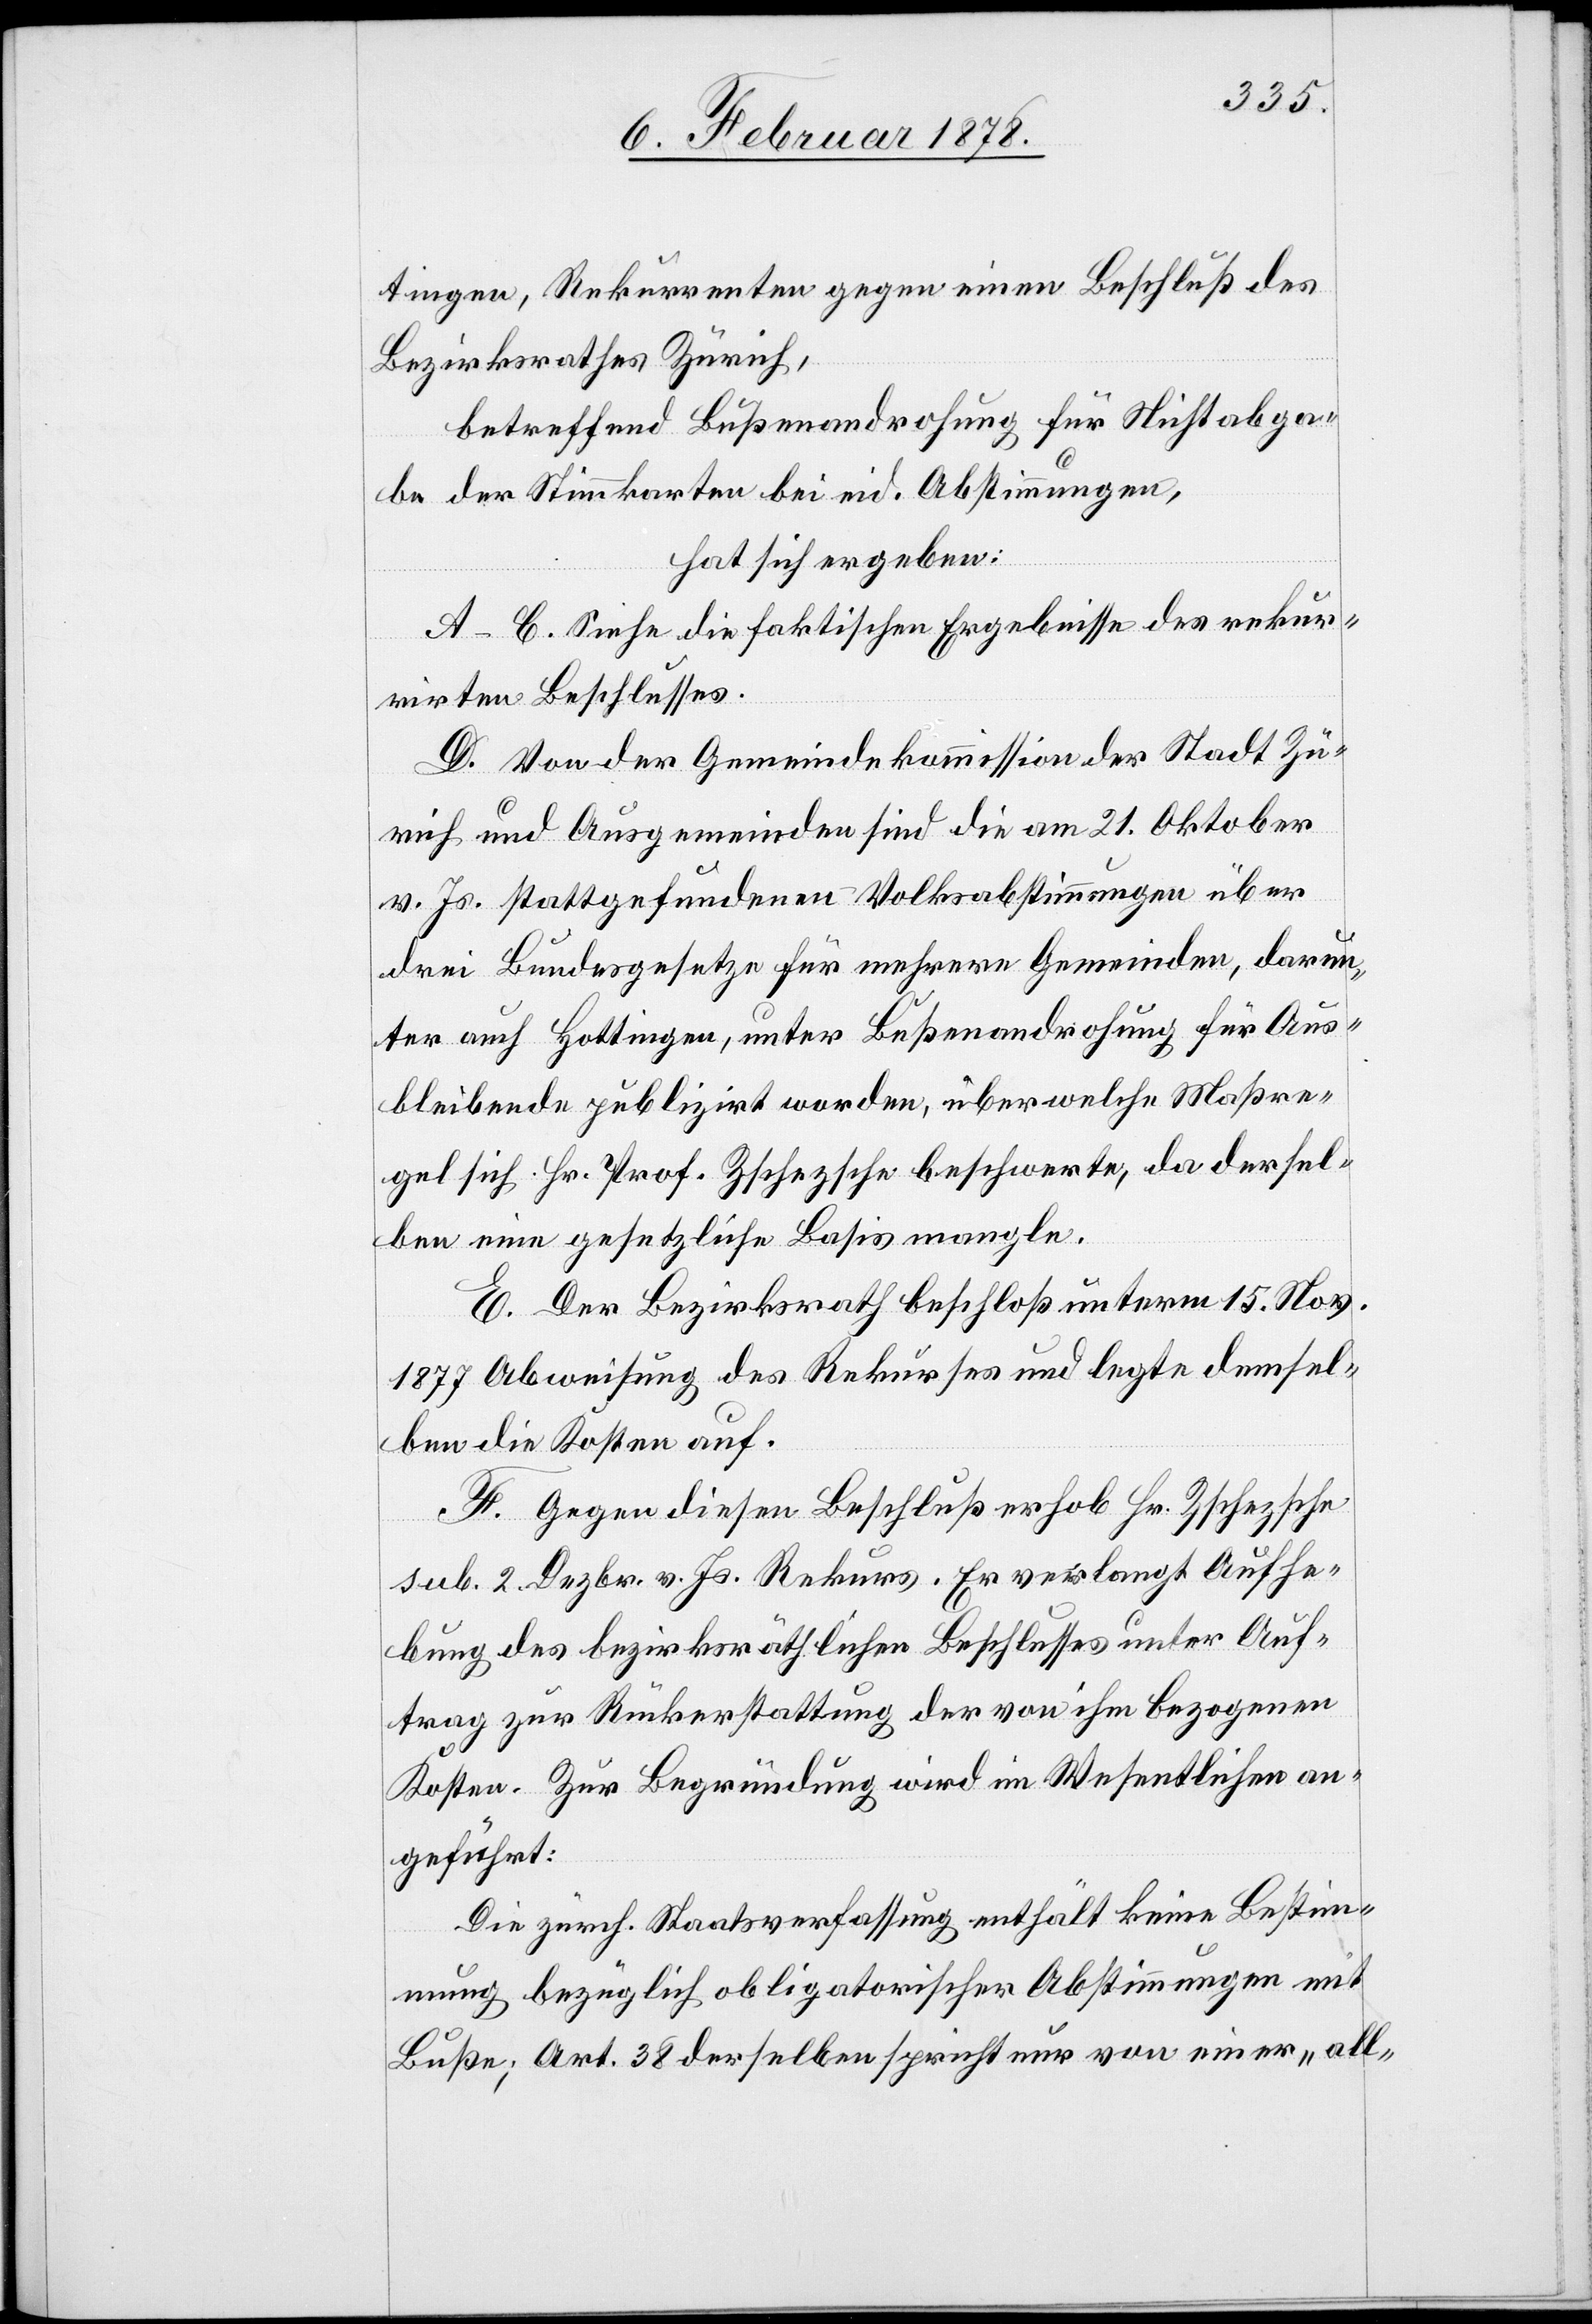
tingen, Rekurrenten gegen einen Beschluß des
Bezirksrathes Zürich,
betreffend Bußenandrohung für Nichtabga¬
be der Stimmkarte bei eid. Abstimmungen,
hat sich ergeben:
A–C. Siehe die faktischen Ergebnisse des rekur¬
rirten Beschlusses.
D. Von der Gemeindekommission der Stadt Zü¬
rich und Ausgemeinden sind die am 21. Oktober
v. Js. stattgefundenen Volksabstimmungen über
drei Bundesgesetze für mehrere Gemeinden, darun¬
ter auch Hottingen, unter Bußandrohung für Aus¬
bleibende publiziert worden, über welche Maßre¬
gel sich Hr. Prof. Zschezsche beschwerte, da dersel¬
ben eine gesetzliche Basis mangle.
E. Der Bezirksrath beschloß unterm 15. Nov.
1877 Abweisung des Rekurses und legte demsel¬
ben die Kosten auf.
F. Gegen diesen Beschluß erhob Hr. Zschezsche
sub. 2. Dezbr. v. Js. Rekurs. Er verlangt Aufhe¬
bung des bezirksräthlichen Beschlusses unter Auf¬
trag zur Rückerstattung der von ihm bezogenen
Kosten. Zur Begründung wird im Wesentlichen an¬
geführt:
Die zürch. Staatsverfassung enthält keine Bestim¬
mung bezüglich obligatorischer Abstimmungen mit
Buße; Art 38 derselben spricht nur von einer „all-